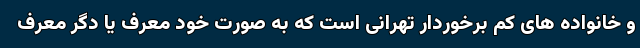
و خانواده های کم برخوردار تهرانی است که به صورت خود معرف یا دگر معرف